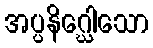
အပ္ပနိဂ္ဃေါသော